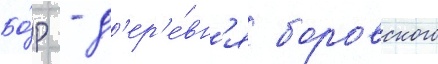
Бо́р - д'ер'е́вн'я боровского